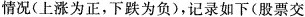
情况(上涨为正，下跌为负)，记录如下(股票交